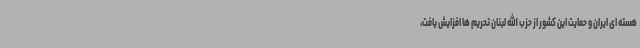
هسته ای ایران و حمایت این کشور از حزب الله لبنان تحریم ها افزایش یافت،